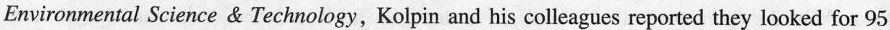
Environmental Science & Technology, Kolpin and his colleagues reported they looked for 95